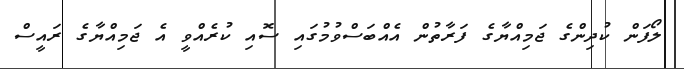
ލޯފަން ކުދިންގެ ޖަމިއްޔާގެ ފަރާތުން އެއްބަސްވުމުގައި ސޮއި ކުރެއްވީ އެ ޖަމިއްޔާގެ ރައީސް